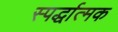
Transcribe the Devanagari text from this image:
स्पर्द्धात्मक